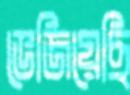
ভেজিয়েছি